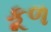
કૂળ